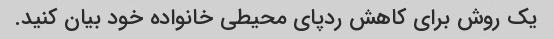
یک روش برای کاهش ردپای محیطی خانواده خود بیان کنید.